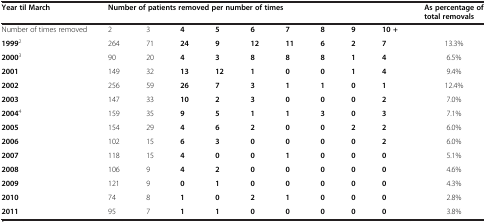
| Year til March | <COLSPAN=9> Number of patients removed per number of times | As percentage of total removals |
 | --- | --- | --- | --- | --- | --- | --- | --- | --- | --- | --- |
 | Number of times removed | 2 | 3 | 4 | 5 | 6 | 7 | 8 | 9 | 10 + |  |
 | 19992 | 264 | 71 | 24 | 9 | 12 | 11 | 6 | 2 | 7 | 13.3% |
 | 20003 | 90 | 20 | 4 | 3 | 8 | 8 | 8 | 1 | 4 | 6.5% |
 | 2001 | 149 | 32 | 13 | 12 | 1 | 0 | 0 | 1 | 4 | 9.4% |
 | 2002 | 256 | 59 | 26 | 7 | 3 | 1 | 1 | 0 | 1 | 12.4% |
 | 2003 | 147 | 33 | 10 | 2 | 3 | 0 | 0 | 0 | 2 | 7.0% |
 | 20044 | 159 | 35 | 9 | 5 | 1 | 1 | 3 | 0 | 3 | 7.1% |
 | 2005 | 154 | 29 | 4 | 6 | 2 | 0 | 0 | 2 | 2 | 6.0% |
 | 2006 | 102 | 15 | 6 | 3 | 0 | 0 | 0 | 0 | 2 | 6.0% |
 | 2007 | 118 | 15 | 4 | 0 | 0 | 1 | 0 | 0 | 0 | 5.1% |
 | 2008 | 106 | 9 | 4 | 2 | 0 | 0 | 0 | 0 | 0 | 4.6% |
 | 2009 | 121 | 9 | 0 | 1 | 0 | 0 | 0 | 0 | 0 | 4.3% |
 | 2010 | 74 | 8 | 1 | 0 | 2 | 1 | 0 | 0 | 0 | 2.8% |
 | 2011 | 95 | 7 | 1 | 1 | 0 | 0 | 0 | 0 | 0 | 3.8% |